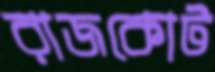
রাজকোট